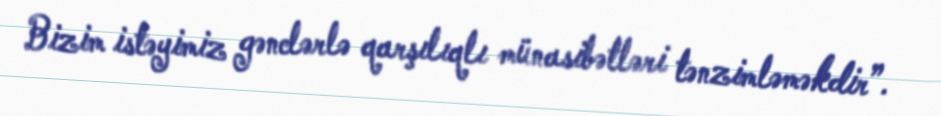
Bizim istəyimiz gənclərlə qarşılıqlı münasibətləri tənzimləməkdir”.